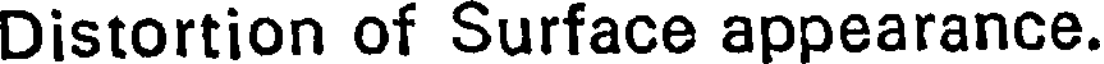
Distortion of Surface appearance.